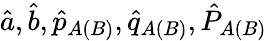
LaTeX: \hat{a},\hat{b},\hat{p}_{A(B)},\hat{q}_{A(B)},\hat{P}_{A(B)}